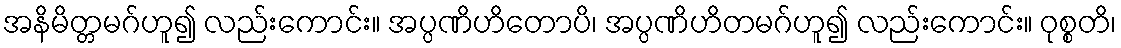
အနိမိတ္တမဂ်ဟူ၍ လည်းကောင်း။ အပ္ပဏိဟိတောပိ၊ အပ္ပဏိဟိတမဂ်ဟူ၍ လည်းကောင်း။ ဝုစ္စတိ၊